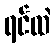
ရင်ထဲ